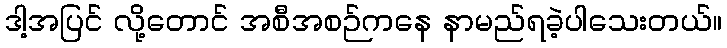
ဒါ့အပြင် လို့တောင် အစီအစဉ်ကနေ နာမည်ရခဲ့ပါသေးတယ်။